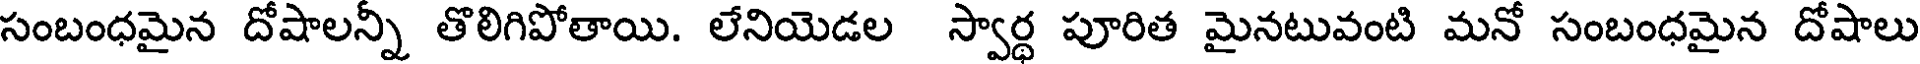
సంబంధమైన దోషాలన్నీ తొలిగిపోతాయి. లేనియెడల స్వార్ధ పూరిత మైనటువంటి మనో సంబంధమైన దోషాలు